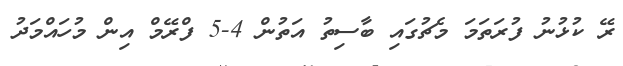
ރޭ ކުޅުނު ފުރަތަމަ މެޗުގައި ބާސިތު އަތުން 4-5 ފްރޭމް އިން މުހައްމަދު